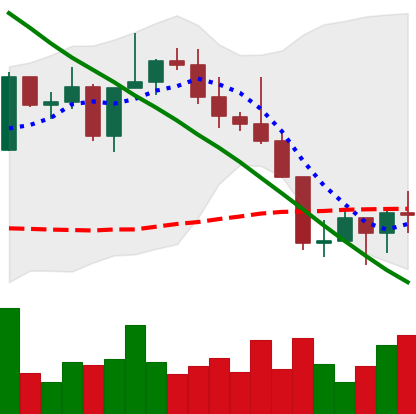
Ticker: NEO-USD
Chart end date: 2022-08-24
Forward return: -5.407%
Label: down_5_7